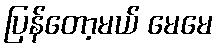
ပြန်တော့မယ် မေမေ